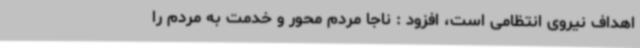
اهداف نیروی انتظامی است، افزود : ناجا مردم محور و خدمت به مردم را